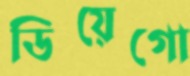
ডিয়েগো